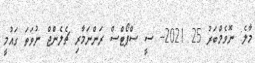
މާލެ: ނޮވެމްބަރު 25 2021-- ސީ ސްޕޯޓްސް ރަންނަމާރި ޗެލެންޖް ނުވަތަ ގައުމީ